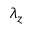
\lambda _ { z }